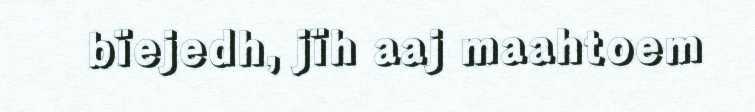
bïejedh, jïh aaj maahtoem